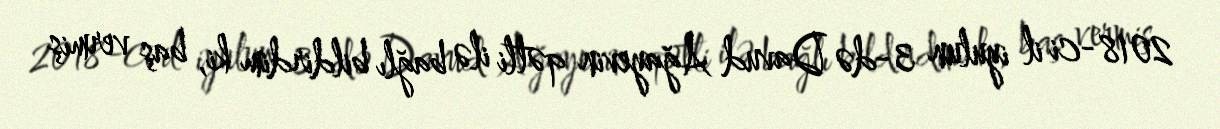
2018-ci il iyulun 3-də Davud Ağayevin qətli ilə bağlı bildirdim ki, baş vermiş